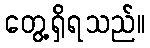
တွေ့ရှိရသည်။